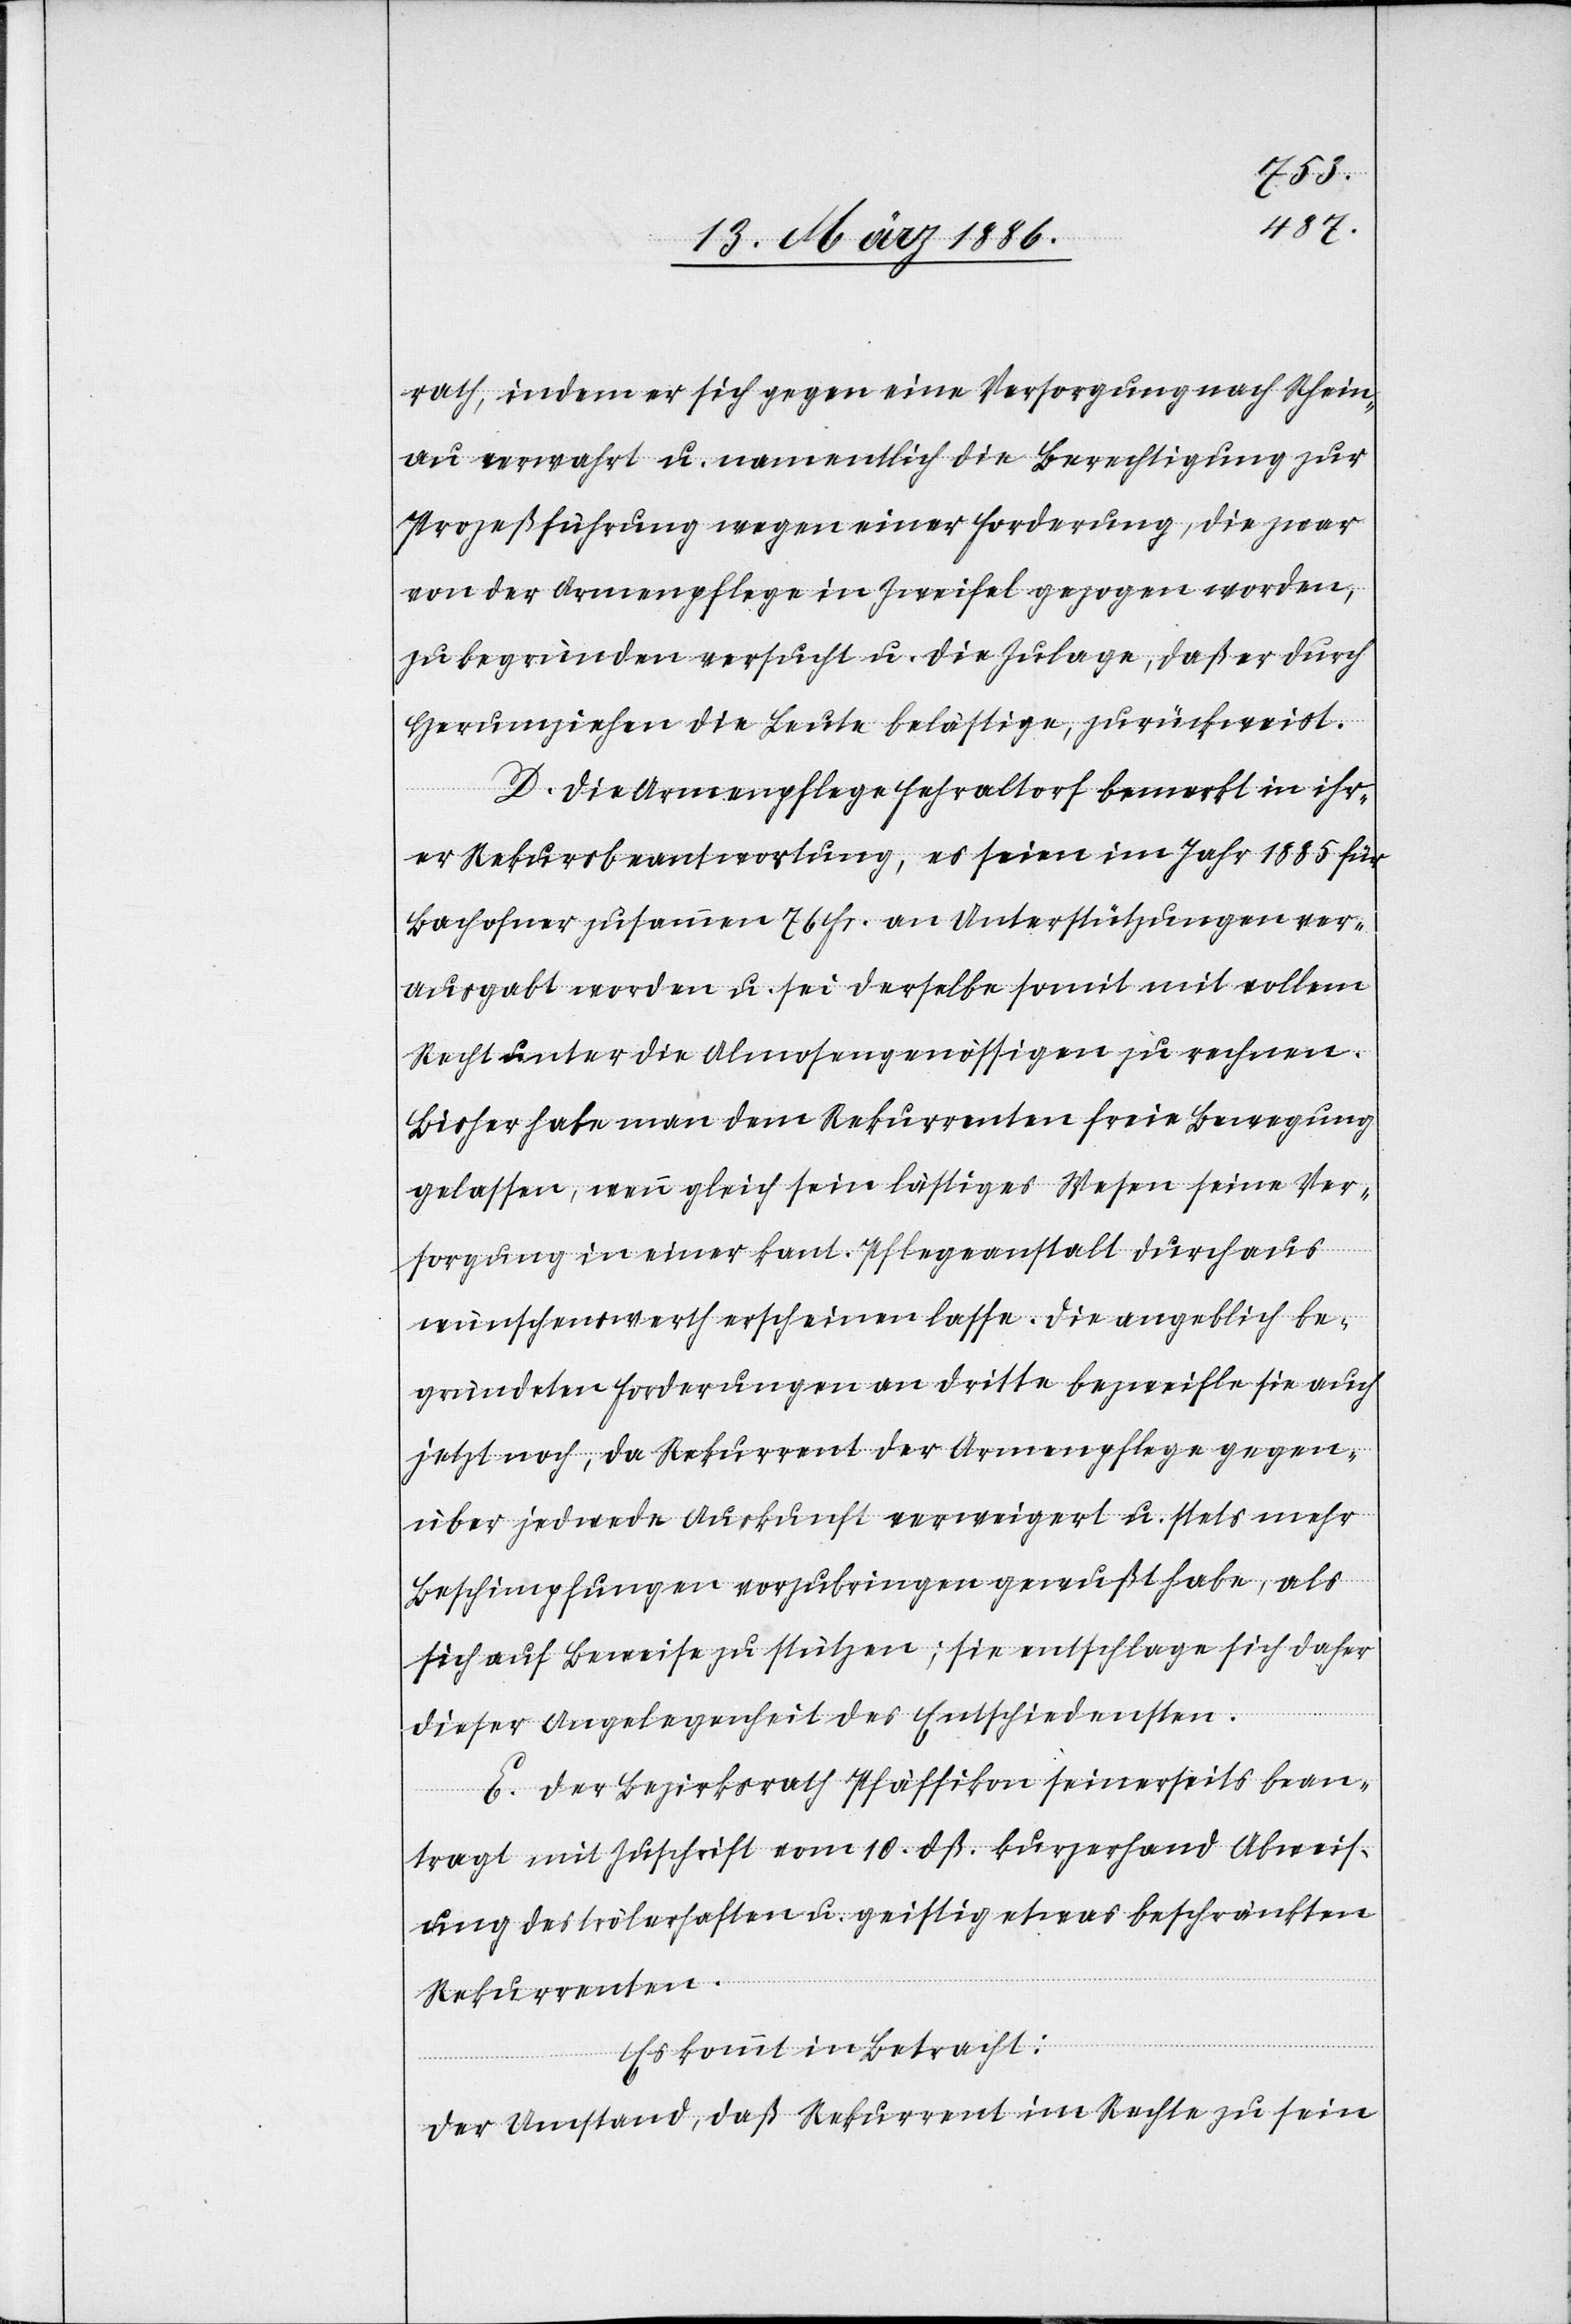
rath, indem er sich gegen eine Versorgung nach Rhein¬
au verwahrt u. namentlich die Berechtigung zur
Prozeßführung wegen einer Forderung, die zwar
von der Armenpflege in Zweifel gezogen worden,
zu begründen versucht u. die Zulage, daß er durch
Herumziehen die Leute belästige, zurückweist.
D. Die Armenpflege Fehraltorf bemerkt in ihr¬
er Rekursbeantwortung, es seien im Jahr 1885 für
Bachofner zusammen 76 Fr. an Unterstützungen ver¬
ausgabt worden u. sei derselbe somit mit vollem
Recht unter die Almosengenössigen zu rechnen.
Bisher habe man dem Rekurrenten freie Bewegung
gelassen, wenn gleich sein lästiges Wesen seine Ver¬
sorgung in einer kant. Pflegeanstalt durchaus
wünschenswerth erscheinen lasse. Die angeblich be¬
gründete Forderung an dritte bezweifle sie auch
jetzt noch, da Rekurrent der Armenpflege gegen¬
über jedwede Auskunft verweigert u. stets mehr
Beschimpfungen vorzubringen gewußt habe, als
sich auf Beweise zu stützen; sie entschlage sich daher
dieser Angelegenheit des Entschiedensten.
E. Der Bezirksrath Pfäffikon seinerseits bean¬
tragt mit Zuschrift vom 10. dß. kurzerhand Abweis¬
ung des trölerhaften u. geistig etwas beschränkten
Rekurrenten.
Es kommt in Betracht:
Der Umstand, daß Rekurrent im Rechte zu sein